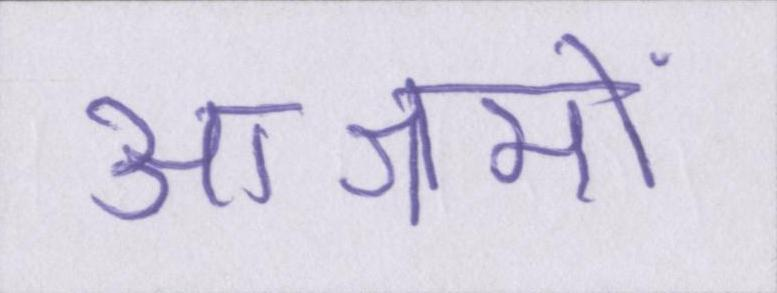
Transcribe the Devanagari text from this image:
आश्रमों